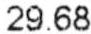
29.68